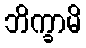
ဘိက္ခာမိ